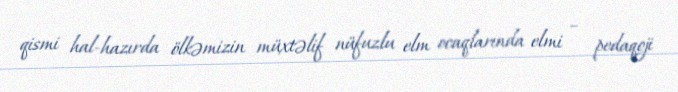
qismi hal-hazırda ölkəmizin müxtəlif nüfuzlu elm ocaqlarında elmi – pedaqoji